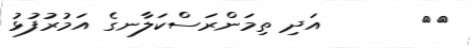
٥٠       އަދި ތިމަންރަސްކަލާނގެ އަމުރުފުޅު